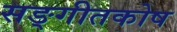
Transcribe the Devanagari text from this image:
सङ्गीतकोष